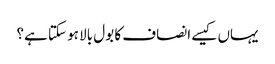
یہاں کیسے انصاف کا بول بالا ہو سکتا ہے؟